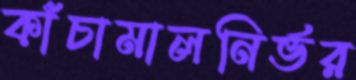
কাঁচামালনির্ভর